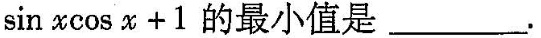
$$\sinx\cosx+1$$的最小值是___.